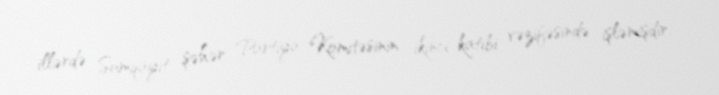
illərdə Sumqayıt şəhər Partiya Komitəsinin ikinci katibi vəzifəsində işləmişdir.